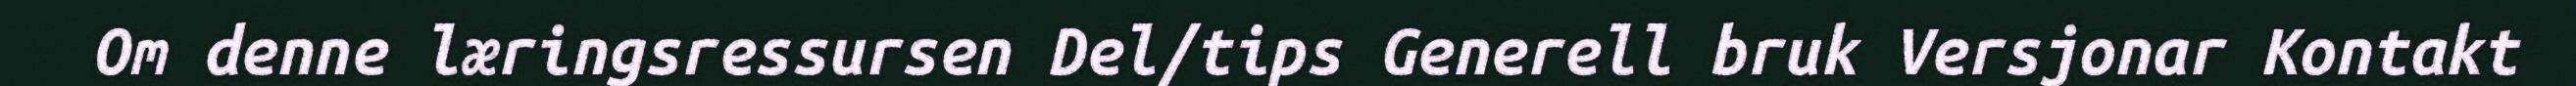
Om denne læringsressursen Del/tips Generell bruk Versjonar Kontakt